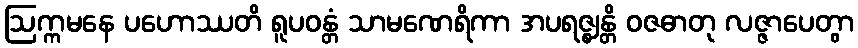
ဩက္ကမနေ ပဟောဿတိ ရူပဝန္တံ သာမဏေရိကာ အပရဇ္ဈန္တိ ဝဇဓာတု လဇ္ဇာပေတွာ